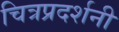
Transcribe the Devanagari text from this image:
चित्रप्रदर्शनी